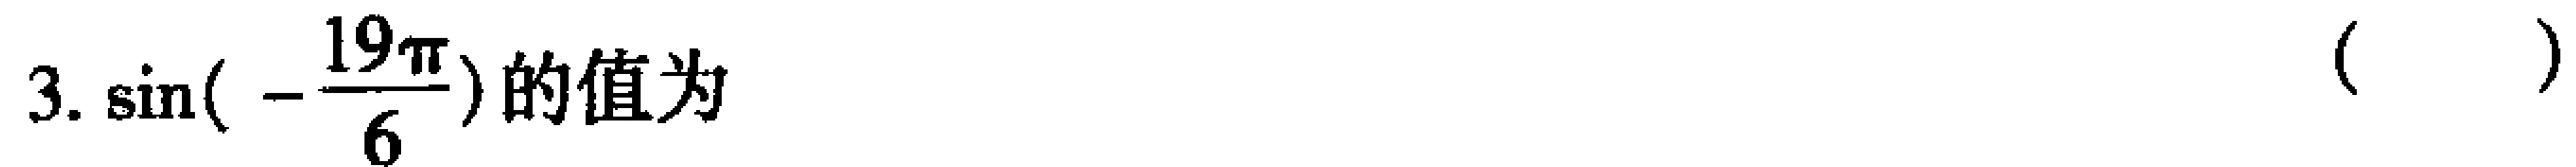
$3.\sin(-\frac{19\pi}{6})$的值为 （  ）